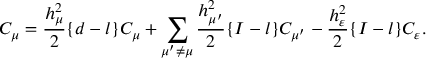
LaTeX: C _ { \mu } = \frac { h _ { \mu } ^ { 2 } } { 2 } \{ d - l \} C _ { \mu } + \sum _ { \mu ^ { \prime } \not = \mu } \frac { h _ { \mu ^ { \prime } } ^ { 2 } } { 2 } \{ I - l \} C _ { \mu ^ { \prime } } - \frac { h _ { \varepsilon } ^ { 2 } } { 2 } \{ I - l \} C _ { \varepsilon } .